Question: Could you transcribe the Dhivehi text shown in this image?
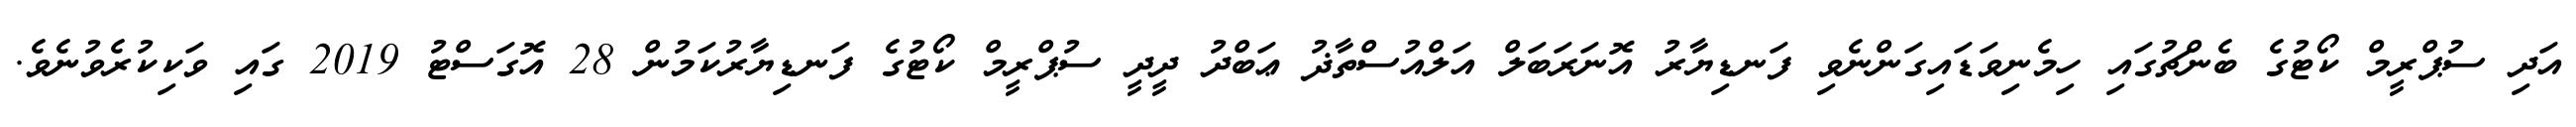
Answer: އަދި ސުޕްރީމް ކޯޓުގެ ބެންޗުގައި ހިމެނިވަޑައިގަންނެވި ފަނޑިޔާރު އޮނަރަބަލް އަލްއުސްތާޛު ޢަބްދު ދީދީ ސުޕްރީމް ކޯޓުގެ ފަނޑިޔާރުކަމުން 28 އޮގަސްޓު 2019 ގައި ވަކިކުރެވުނެވެ.